Medical and sanitary report of the native army of Bengal for the year
Year: 1876
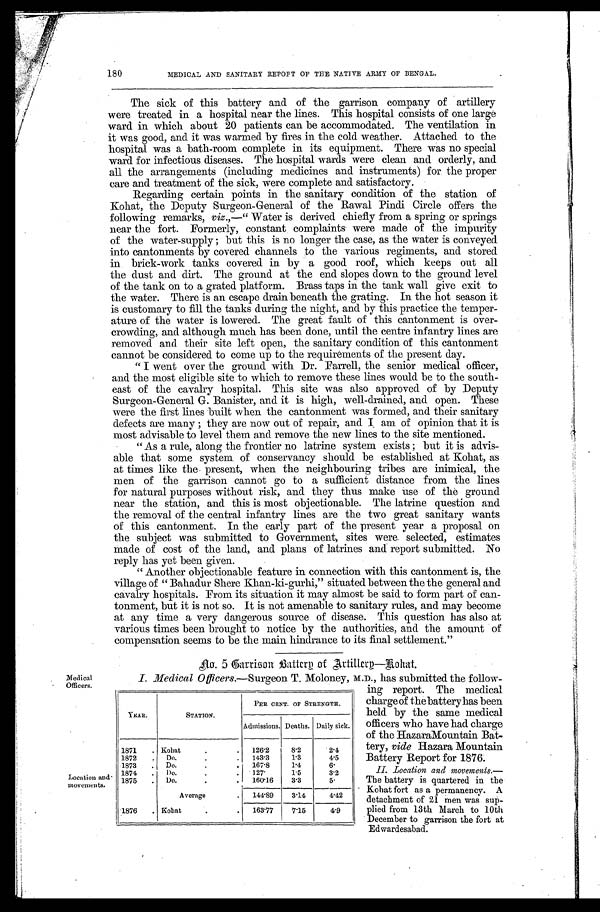
Medical
Officers.
Location and
movements.
180 MEDICAL AND SANITARY REPORT OF TEE NATIVE ARMY OF BENGAL.
The sick of this battery and of the garrison company of artillery
were treated in a hospital near the lines. This hospital consists of one large
ward in which about 20 patients can be accommodated. The ventilation in
it was good, and it was warmed by fires in the cold weather. Attached to the
hospital was a bath-room complete in its equipment. There was no special
ward for infectious, diseases. The hospital wards were clean and orderly, and
all the arrangements (including medicines and instruments) for the proper
care and treatment of the sick, were complete and satisfactory.
Regarding certain points in the sanitary condition of the station of
Kohat, the Deputy Surgeon-General of the Rawal Pindi Circle offers the
following remarks, viz.,—"Water is derived chiefly from a spring or springs
near the fort. Formerly, constant complaints were made of the impurity
of the water-supply; but this is no longer the case, as the water is conveyed
into cantonments by covered channels to the various regiments, and stored
in brick-work tanks covered in by a good roof, which keeps out all
the dust and dirt. The ground at the end slopes down to the ground level
of the tank on to a grated platform. Brass taps in the tank wall give exit to
the water. There is an escape drain beneath the grating. In the hot season it
is customary to fill the tanks during the night, and by this practice the temper
-ature of the water is lowered. The great fault of this cantonment is over
-crowding, and although much has been done, until the centre infantry lines are
removed and their site left open, the sanitary condition of this cantonment
cannot be considered to come up to the requirements of the present day.
"I went over the ground with Dr. Farrell, the senior medical officer,
and the most eligible site to which to remove these lines would be to the south
- e a s t o f t h e c a v a l r y h o s p i t a l . T h i s s i t e w a s a l s o a p p r o v e d o f b y D e p u t y
Surgeon-General G. Banister, and it is high, well-drained, and open. These
were the first lines built when the cantonment was formed, and their sanitary
defects are many; they are now out of repair, and I am of opinion that it is
most advisable to level them and remove the new lines to the site mentioned.
"As a rule, along the frontier no latrine system exists; but it is advis
- a b l e t h a t s o m e s y s t e m o f c o n s e r v a n c y s h o u l d b e e s t a b l i s h e d a t K o h a t , a s
at times like the present, when the neighbouring tribes are inimical, the
men of the garrison cannot go to a sufficient distance from the lines
for natural purposes without risk, and they thus make use of the ground
near the station, and this is most objectionable. The latrine question and
the removal of the central infantry lines are the two great sanitary wants
of this cantonment. In the early part of the present year a proposal on
the subject was submitted to Government, sites were selected, estimates
made of cost of the land, and plans of latrines and report submitted. No
reply has yet been given.
"Another objectionable feature in connection with this cantonment is, the
village of "Bahadur Shere Khan-ki-gurhi," situated between the the general and
cavalry hospitals. From its situation it may almost be said to form part of can
- t o n m e n t , b u t i t i s n o t s o . I t i s n o t a m e n a b l e t o s a n i t a r y r u l e s , a n d m a y b e c o m e
at any time a very dangerous source of disease. This question has also at
various times been brought to notice by the authorities, and the amount of
compensation seems to be the main hindrance to its final settlement."
No . 5 Ca r r i s o n Ba t t e r y o f Ar t i l l e r y —Ro h a t .
I. Medical Officers.—Surgeon T. Moloney, M.D., has submitted the follow-
ing report. The medical
charge of the battery has been
held by the same medical
officers who have had charge
of the Hazara Mountain Bat
-tery, vide Hazara Mountain
Battery Report for 1876.
II. Location and movements.
— T h e b a t t e r y i s q u a r t e r e d i n t h e
Kohat fort as a permanency. A
detachment of 21 men was sup
-plied from 13th March to 10th
December to garrison the fort at
Edwardesabad.
YEAR.
STATION.
PER CENT. OF STRENGTH.
Admissions. Deaths. Daily sick.
1871
K o h a t 126.2 8.2
2.4
1872
D o . 143.3
1.3
4.5
1873
D o . 167.8
1.4
6.
1874
D o . 127.
1.5
3.2
1875
Do.
160.16 3.3
5.
Average
144.89 3.14
4.42
1876
K o h a t 163.77 7.15
4.9